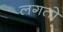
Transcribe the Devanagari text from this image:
लगतो